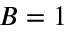
B = 1